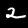
Label: 2